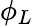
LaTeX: \phi_{L}